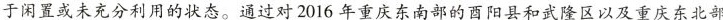
于闲置或未充分利用的状态。通过对2016年重庆东南部的酉阳县和武隆区以及重庆东北部